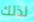
لذلك